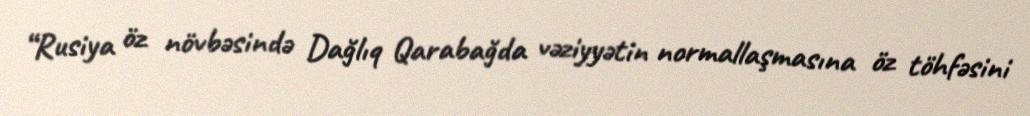
“Rusiya öz növbəsində Dağlıq Qarabağda vəziyyətin normallaşmasına öz töhfəsini